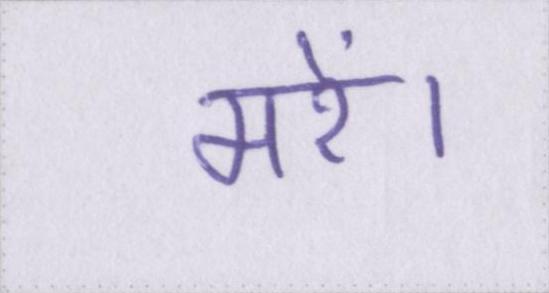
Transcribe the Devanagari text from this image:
मरें।